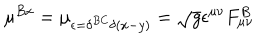
LaTeX: \mu ^ { B x } = \mu _ { \epsilon = \delta ^ { B C } \delta ( x - y ) } = \sqrt { g } \epsilon ^ { \mu \nu } F _ { \mu \nu } ^ { B }